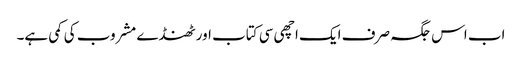
اب اس جگہ صرف ایک اچھی سی کتاب اور ٹھنڈے مشروب کی کمی ہے۔